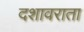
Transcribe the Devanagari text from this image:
दशावराता